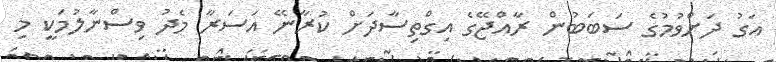
އަގު ދަށްވުމުގެ ސަބަބުން ރާއްޖޭގެ އިގްތިސާދަށް ކުރާނޭ އަސަރާ މެދު ވިސްނާލުމަކީ މި